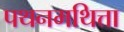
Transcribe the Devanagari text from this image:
पथनमथित्ता